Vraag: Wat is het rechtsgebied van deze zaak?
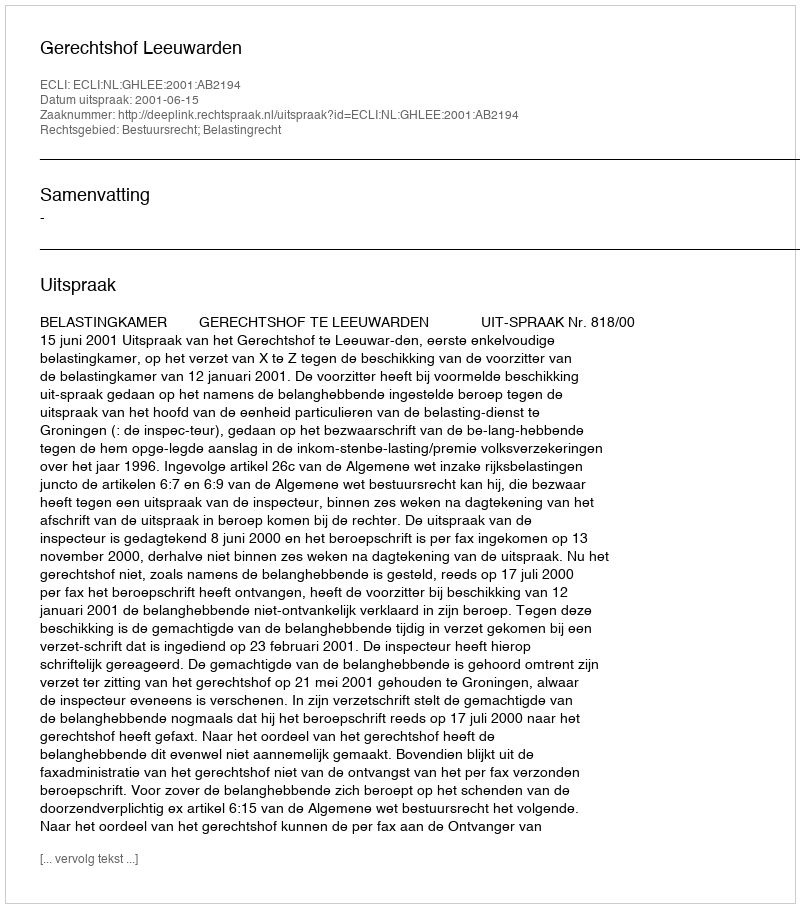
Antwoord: Bestuursrecht; Belastingrecht